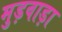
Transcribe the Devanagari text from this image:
मुड़वाड़ा